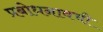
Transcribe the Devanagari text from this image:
प्रबोधनावची